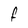
Character: f